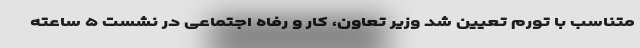
متناسب با تورم تعیین شد وزیر تعاون، کار و رفاه اجتماعی در نشست ۵ ساعته